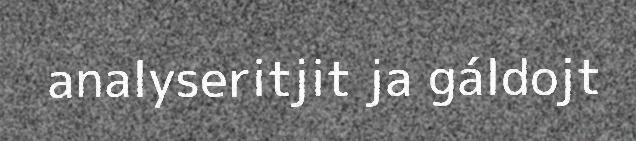
analyseritjit ja gáldojt